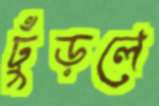
ঢুঁড়লে